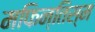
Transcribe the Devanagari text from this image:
मफिन्तिस्म